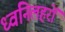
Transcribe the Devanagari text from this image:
ध्वनिलहरों